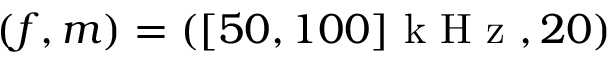
( f , m ) = ( [ 5 0 , 1 0 0 ] \mathrm { ~ k ~ H ~ z ~ } , 2 0 )